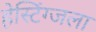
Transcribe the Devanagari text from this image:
हेस्टिंग्जला